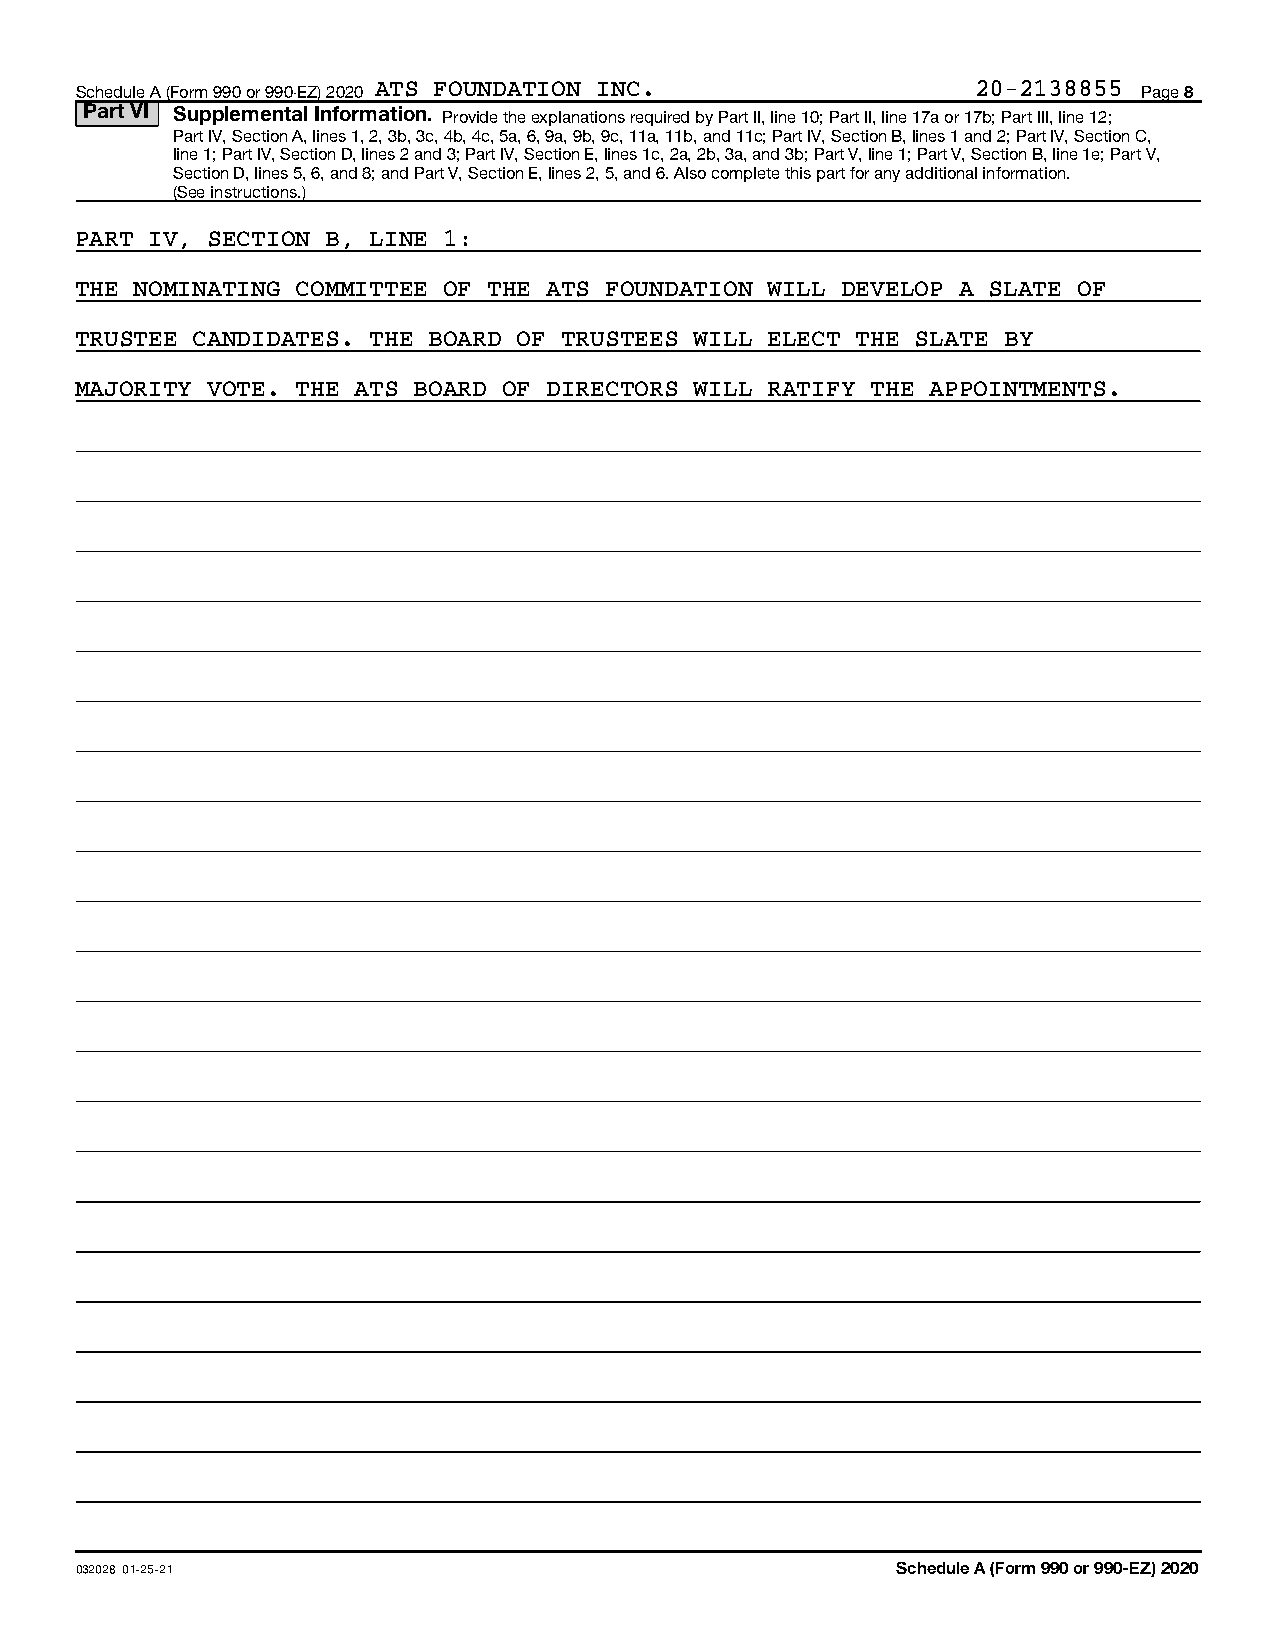
Schedule A (Form 990 or 990-EZ) 2020 ATS FOUNDATION INC.    20-2138855 Page 8
 Part VI Supplemental Information. Provide the explanations required by Part II, line 10; Part II, line 17a or 17b; Part III, line 12;
 Part IV, Section A, lines 1, 2, 3b, 3c, 4b, 4c, 5a, 6, 9a, 9b, 9c, 11a, 11b, and 11c; Part IV, Section B, lines 1 and 2; Part IV, Section C,
 line 1; Part IV, Section D, lines 2 and 3; Part IV, Section E, lines 1c, 2a, 2b, 3a, and 3b; Part V, line 1; Part V, Section B, line 1e; Part V,
 Section D, lines 5, 6, and 8; and Part V, Section E, lines 2, 5, and 6. Also complete this part for any additional information.
 (See instructions.)
 PART IV, SECTION B, LINE 1:
 THE NOMINATING COMMITTEE OF THE ATS FOUNDATION WILL DEVELOP A SLATE OF
 TRUSTEE CANDIDATES. THE BOARD OF TRUSTEES WILL ELECT THE SLATE BY
 MAJORITY VOTE. THE ATS BOARD OF DIRECTORS WILL RATIFY THE APPOINTMENTS.
 032028 01-25-21                                       Schedule A (Form 990 or 990-EZ) 2020